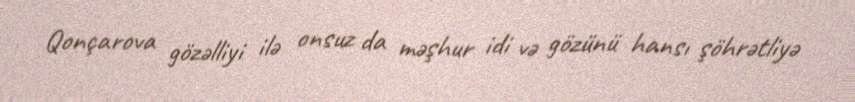
Qonçarova gözəlliyi ilə onsuz da məşhur idi və gözünü hansı şöhrətliyə